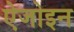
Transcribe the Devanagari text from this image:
ऐजोइन